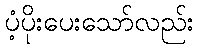
ပံ့ပိုးပေးသော်လည်း